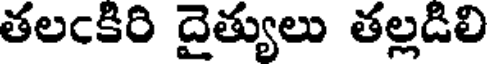
తలఁకిరి దైత్యులు తల్లడిలి